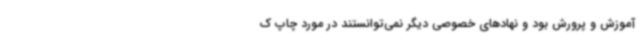
آموزش و پرورش بود و نهادهای خصوصی دیگر نمی‌توانستند در مورد چاپ ک